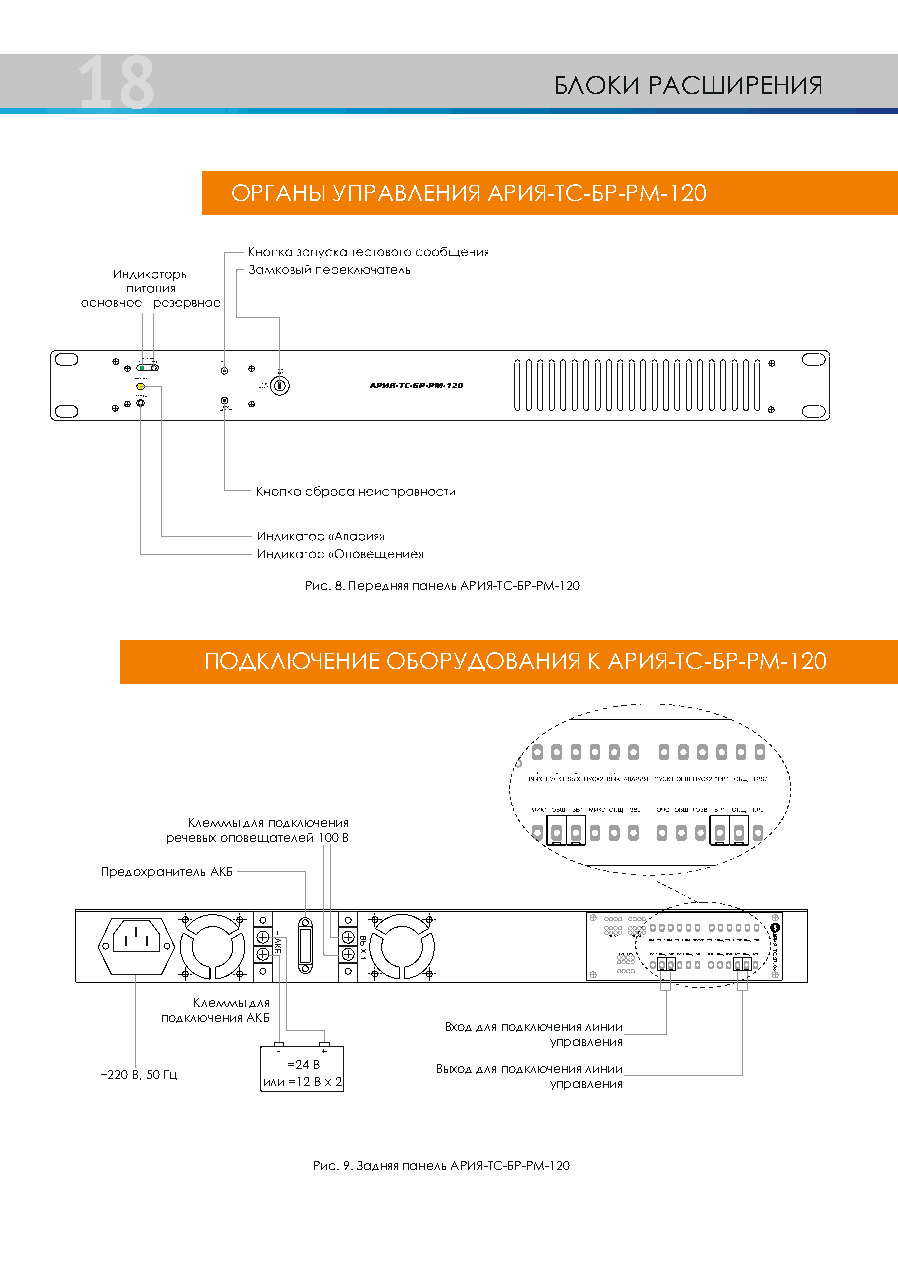
18
 БЛОКИ РАСШИРЕНИЯ
 ОРГАНЫ УПРАВЛЕНИЯ АРИЯ-ТС-БР-РМ-120
 Рис. 8. Передняя панель АРИЯ-ТС-БР-РМ-120
 ПОДКЛЮЧЕНИЕ  ОБОРУДОВАНИЯ К АРИЯ-ТС-БР-РМ-120
 Клеммы для подключения
 речевых оповещателей 100 В
 Предохранитель АКБ
 ЗОНА 1 ЗОНА 2 ВЫ+Х. ПУС-К1ВЫ+Х. ПУС-К2ВЫ+Х. АВА-РИЯПУСК1ОБЩПУСК2ТРВ1ОБЩТРВ2
 СИСТЕМА МИК1ОБЩЗВ1МИК2ОБЩЗВ2ГОЧСОБЩГОЗВБР1ОБЩБР2
 Клеммы для
 подключения АКБ
 Вход для подключения линии
 управления
 -  +
 ~220 В, 50 Гц =24 В   Выход для подключения линии
 или =12 В х 2      управления
 Рис. 9. Задняя панель АРИЯ-ТС-БР-РМ-120
 АРИЯТС.ЗП.04